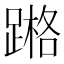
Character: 𨃶